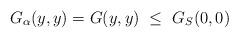
LaTeX: \begin{align*}G_\alpha(y,y) = G(y,y) ~\leq~ G_S(0,0) \end{align*}